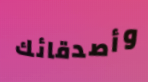
وأصدقائك